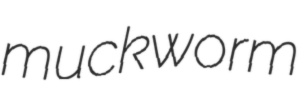
muckworm